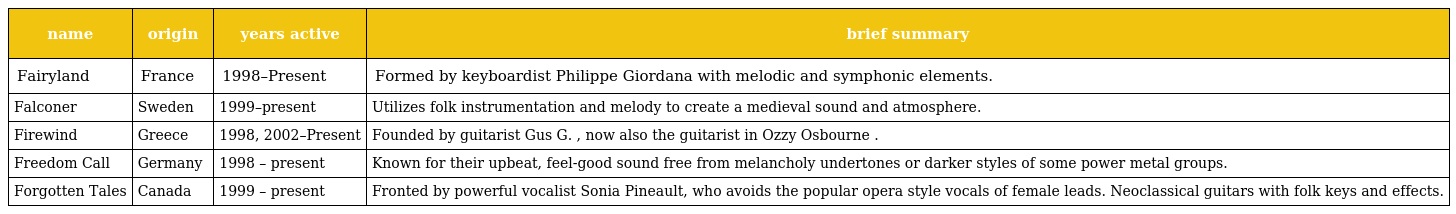
| name | origin | years active | brief summary |
 | --- | --- | --- | --- |
 | Fairyland | France | 1998–Present | Formed by keyboardist Philippe Giordana with melodic and symphonic elements. |
 | Falconer | Sweden | 1999–present | Utilizes folk instrumentation and melody to create a medieval sound and atmosphere. |
 | Firewind | Greece | 1998, 2002–Present | Founded by guitarist Gus G. , now also the guitarist in Ozzy Osbourne . |
 | Freedom Call | Germany | 1998 – present | Known for their upbeat, feel-good sound free from melancholy undertones or darker styles of some power metal groups. |
 | Forgotten Tales | Canada | 1999 – present | Fronted by powerful vocalist Sonia Pineault, who avoids the popular opera style vocals of female leads. Neoclassical guitars with folk keys and effects. |